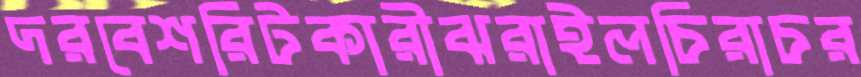
দরবেশরিটকারীঝরাইলচিরাচর